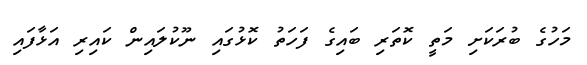
މަހުގެ ބުރަކަށި މަތީ ކޮތަރި ބައިގެ ފަހަތު ކޮޅުގައި ނޫކުލައިން ކައިރި އަޅާފައި